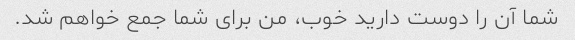
شما آن را دوست دارید خوب، من برای شما جمع خواهم شد.